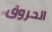
الحروق